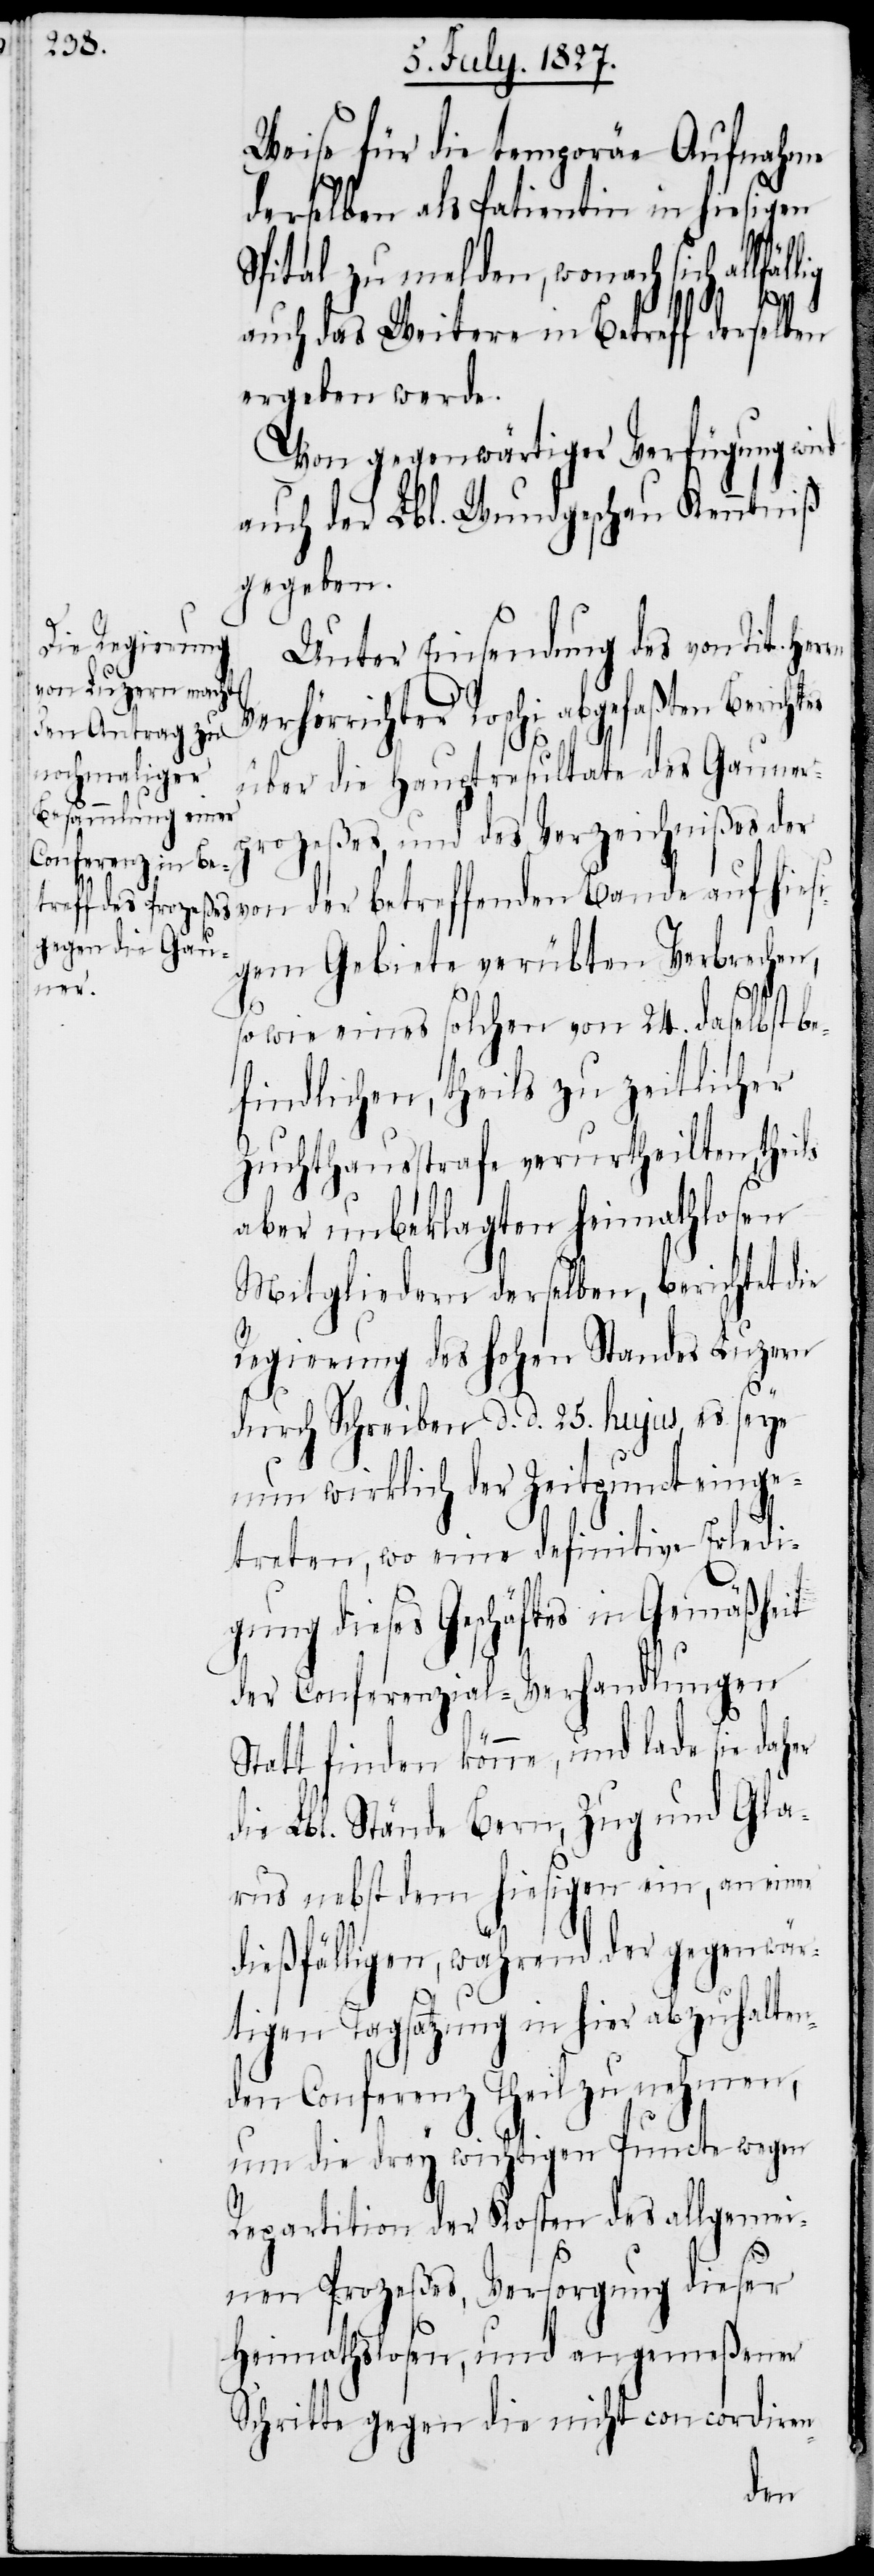
Weise für die temporäre Aufnahme
derselben als Patientin in hiesigen
Spital zu melden, wonach sich allf¬
auch das Weitere in Betreff derselben
ergeben werde.
Von gegenwärtiger Verfügung wird
auch der Lbl. Wundschau Kenntniß
gegeben.
Unter Einsendung des von Tit.
Verhörrichter Roschi abgefaßten Berich¬
über die Hauptresultate des Gauner¬
prozeßes, und des Verzeichnißes der
gem Gebiete verübten Verbrechen,
hiesi¬
sowie eines solchen von 24. daselbst be¬
findlichen, theils zu zeitlicher
Zuchthausstrafe verurtheilten, theils
aber unbeklagten heimathlosen
Mitgliedern derselben, berichtet die
Regierung des hohen Standes Luzern
durch Schreiben d. d. 25. hujus, es seye
nun wirklich der Zeitpunkt einge¬
treten, wo eine definitive Erledi¬
gung dieses Geschäftes in Gemäßheit
der Conferenzial-Verhandlungen
Statt finden könne, und lade sie daher
die Lbl. Stände Bern, Zug und Gla¬
rus nebst dem hiesigen ein, an einen
dießfälligen, während der gegenwär¬
tigen Tagsatzung in hier abzuhalten¬
den Conferenz Theil zu nehmen,
um die drey wichtigen Puncte wegen
Repartition der Kosten des allgemei¬
nen Prozeßes, Versorgung dieser
Heimathslosen, und angemeßener
Schritte gegen die nicht cncordiren-
der